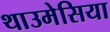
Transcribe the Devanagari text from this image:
थाउमेसिया